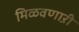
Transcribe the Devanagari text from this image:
मिळवणाऱी